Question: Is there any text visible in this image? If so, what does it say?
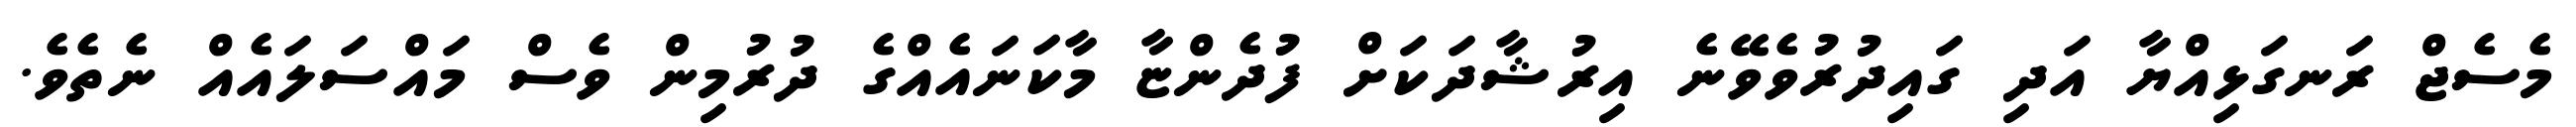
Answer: މެސެޖް ރަނގަޅިއްޔާ އަދި ގައިދުރުވެވޭނެ އިރުޝާދަކަށް ފުދެންޏާ މާކަނައެއްގެ ދުރުމިން ވެސް މައްސަލައެއް ނެތެވެ.